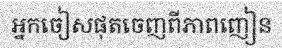
អ្នកចៀសផុតចេញពីភាពញៀន